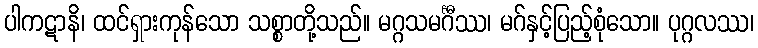
ပါကဋာနိ၊ ထင်ရှားကုန်သော သစ္စာတို့သည်။ မဂ္ဂသမင်္ဂီဿ၊ မဂ်နှင့်ပြည့်စုံသော။ ပုဂ္ဂလဿ၊